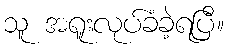
သူ အရူးလုပ်ခံခဲ့ရပြီ။